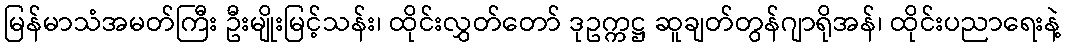
မြန်မာသံအမတ်ကြီး ဦးမျိုးမြင့်သန်း၊ ထိုင်းလွှတ်တော် ဒုဥက္ကဋ္ဌ ဆူချတ်တွန်ဂျာရိုအန်၊ ထိုင်းပညာရေးနဲ့